King Institute of Preventive Medicine Micro-Biological Section reports 1909-11
Year: 1909
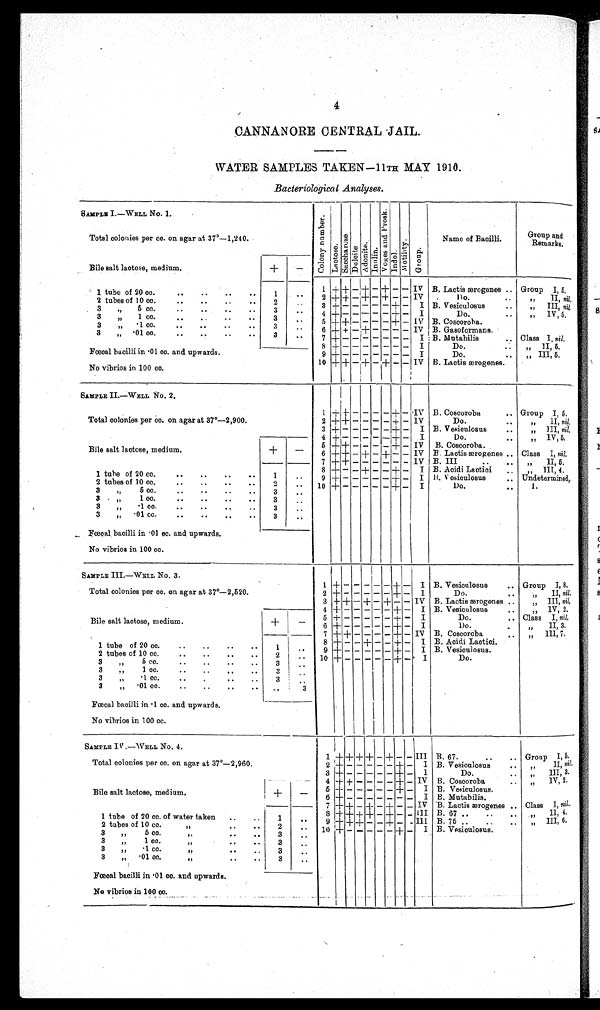
4
CANNANORE CENTRAL JAIL.
WATER SAMPLES TAKEN-11TH MAY 1910.
Bacteriological Analyses.
SAMPLE I.—WELL No. 1.
Total colonies per cc. on agar at 37°—1,240.
C o l o n y n u m b e r .
L a c t o s e .
S a c c h a r o s e .
D a l o i t e
A d o n i t a .
I n u l i n .
V o g e s a n d P r o s k .
I n d o l .
M o t i l i t y .
G r o u p .
Name of Bacilli.
Group and
Remarks.
Bile salt lactose, medium.
+ -
1 + + - + - + - - IV B. Lactis ærogenes
Group I, 5,.
1 tube of 20 cc.
1
. . . .
2 + + - + - + - -
IV
Do..
"
II, nil,.
2 tubes of 10 oc.
2
. .
3 + - - - - - + -
I
B. Vesiculosus
„
III, nil
3
" 5 cc.
3
. . .
4 + - - - - - + -
I
Do.
"
IV, 5,
3
„
1 cc.
3
. .
5 + + - - - - + -
I B. Coscoroba.
3
„
• 1 cc.
3
. .
6 + + - + - - - -
I V B. Gasoformans.
3
„ • 01 cc.
..
..
3
. .
7 + - - - - - - -
IV
B. Mutabilis
Class I, nil,
Faecal bacilli in • 01 cc. and upwards.
No vibrios in 100 cc.
8
+ - - - - - - -
I
Do.
..
„" I I , 5 ,
9 + - - - - - - -
I
Do.
„ III, 5.
10 + +
-
+ - + -
IV B. Laetis serogenes.
SAMPLE II.—WELL No. 2.
Total colonies per cc. on agar at 37°—-2,900.
1 + - - - - - + -
I V B. Coscoroba
Group I, 5.
2 + + - - - - + - IV
Do
,,
" I I , n i l.
3 + - - - - - + -
I B. V esiculosus
„ III, nil,
4 + - - - - - + -
I
Do.
IV 5
Bile salt lactose, medium.
+
-
5 + + - - - - + -
I V B. Coscoroba.
6
+ + - + - + - - IV B. Lactis ærogenes.
Class I, nil.
7 + + - - - - - -
I V B. III
II, 5.
8 + - - + - - + -
I B. Acidi Lactici
. ,
, III, 4.
1 tube of 20 cc.
..
..
1
. .
9 + - - - - - + -
I B. V esiculosus
Undetermined,
2 tubes of 10 cc.
..
... •
2
. .
10 + - - - - - + -
I
Do.
1.
3
„
5 cc.
3
. .
3
„
l cc.
3
. .
3
„
.1 cc.
..
..
..
..
3
. .
3
,,
.01 cc.
..
..
..
..
3
. .
Fœcal bacilli in • 01 ec. and upwards.
No vibrios in 100 cc.
SAMPLE III—-WELL No. 3.
Total colonies per oo. on agar at 37°—2,520.
1
+
- - - - -
+ -
I B. Vesieulosus
Group I, 8.
2 + - - - - - + -
I
Do.
"
II, nil.
3 + + - + - + - - IV B. Lactis ærogenes
„ III, nil,
4 + - - - - - + -
I B. Vesiculosus
..
„ IV, 2.
Bile salt lactose, medium
+ -
5 + - - - - - - +
-
I
Do.
Class I, nil,
6 + - - - - - + -
I
Do.
II, 3.
7 + + - - - - - + -
IV B. Coscoroba
"
III, 7.
8
+ - - - + - - + -
I B. Aoidi Lactici.
1 tube of 20 cc.
..
. ,
..
..
1 ..
9
+ - - - - - + -
I B. Vesiculosus.
2 tubes of 10 cc.
..
..
..
..
2 ...
10
+ - - - - - + -
I
Do.
3
„
6 cc.
..
..
..
..
3 ..
3
„
1 cc.
3..
3
„
. 1 co. .. ,.. ,.
3 ..
3
„
.01 cc.
..
..
..
..
Fœcal bacilli in .1 cc, and upwards.
No vibrios in 100 cc.
..
3
SAMPLE IV .-WELL No. 4.
Total colonies per cc. on agar at 37°—2,960.
Bile salt lactose, medium.
1
+ +
+
+ -
+ - -
III B. 67.
Group I, 5.
2
+ - - - - - + -
I B. Vesiculosus
" II, nil.
3
+ - - - - - + -
1
Do.
"
III, 3.
4
+ + - - - - + -
IV B. Coscoroba
.
"
IV, 2.
5
+ - - - - - + -
I B. Vesiculosus.
+
+
-
6
+ - - - - - - -
I B. Mutabilis.
7
+ + - + - + - -
IV B. Lactis ærogenes
Class 1, nil.
1 tube of 20 cc. of water taken
1
..
8
+ +
+ + - + - - III
B. 67
" I I , 4
2 tubes of 10 cc.
2
.. 9
+ + + - - + - -
III
B. 75
" I I I , 6 .
3
„
5 co.
"
3 ..
10
+ -
- - - - +
-
I
B . V e s i c u l o s u s .
3
„
1 cc.
"
3 ..
3
„
• 1 cc.
"
3 ..
3
„
• 01 cc.
"
3
..
Faecal bacilli in .01 co. and upwards.
No vibrios in 100 cc